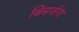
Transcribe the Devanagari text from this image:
बिसर्जना